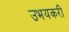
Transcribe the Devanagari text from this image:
उभयकरी